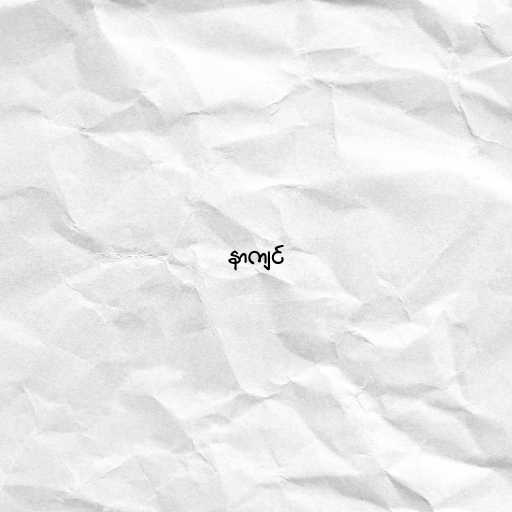
နာကျင်